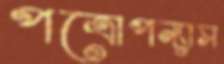
পত্রোপন্যাস